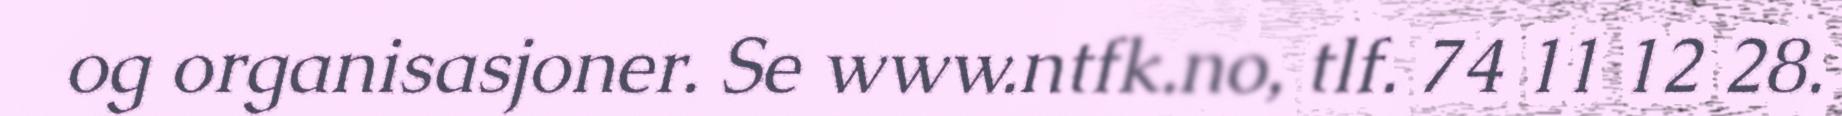
og organisasjoner. Se www.ntfk.no, tlf. 74 11 12 28.